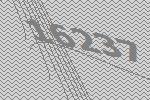
16237